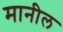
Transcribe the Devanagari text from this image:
मानील